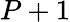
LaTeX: P+1